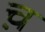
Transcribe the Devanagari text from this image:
च़